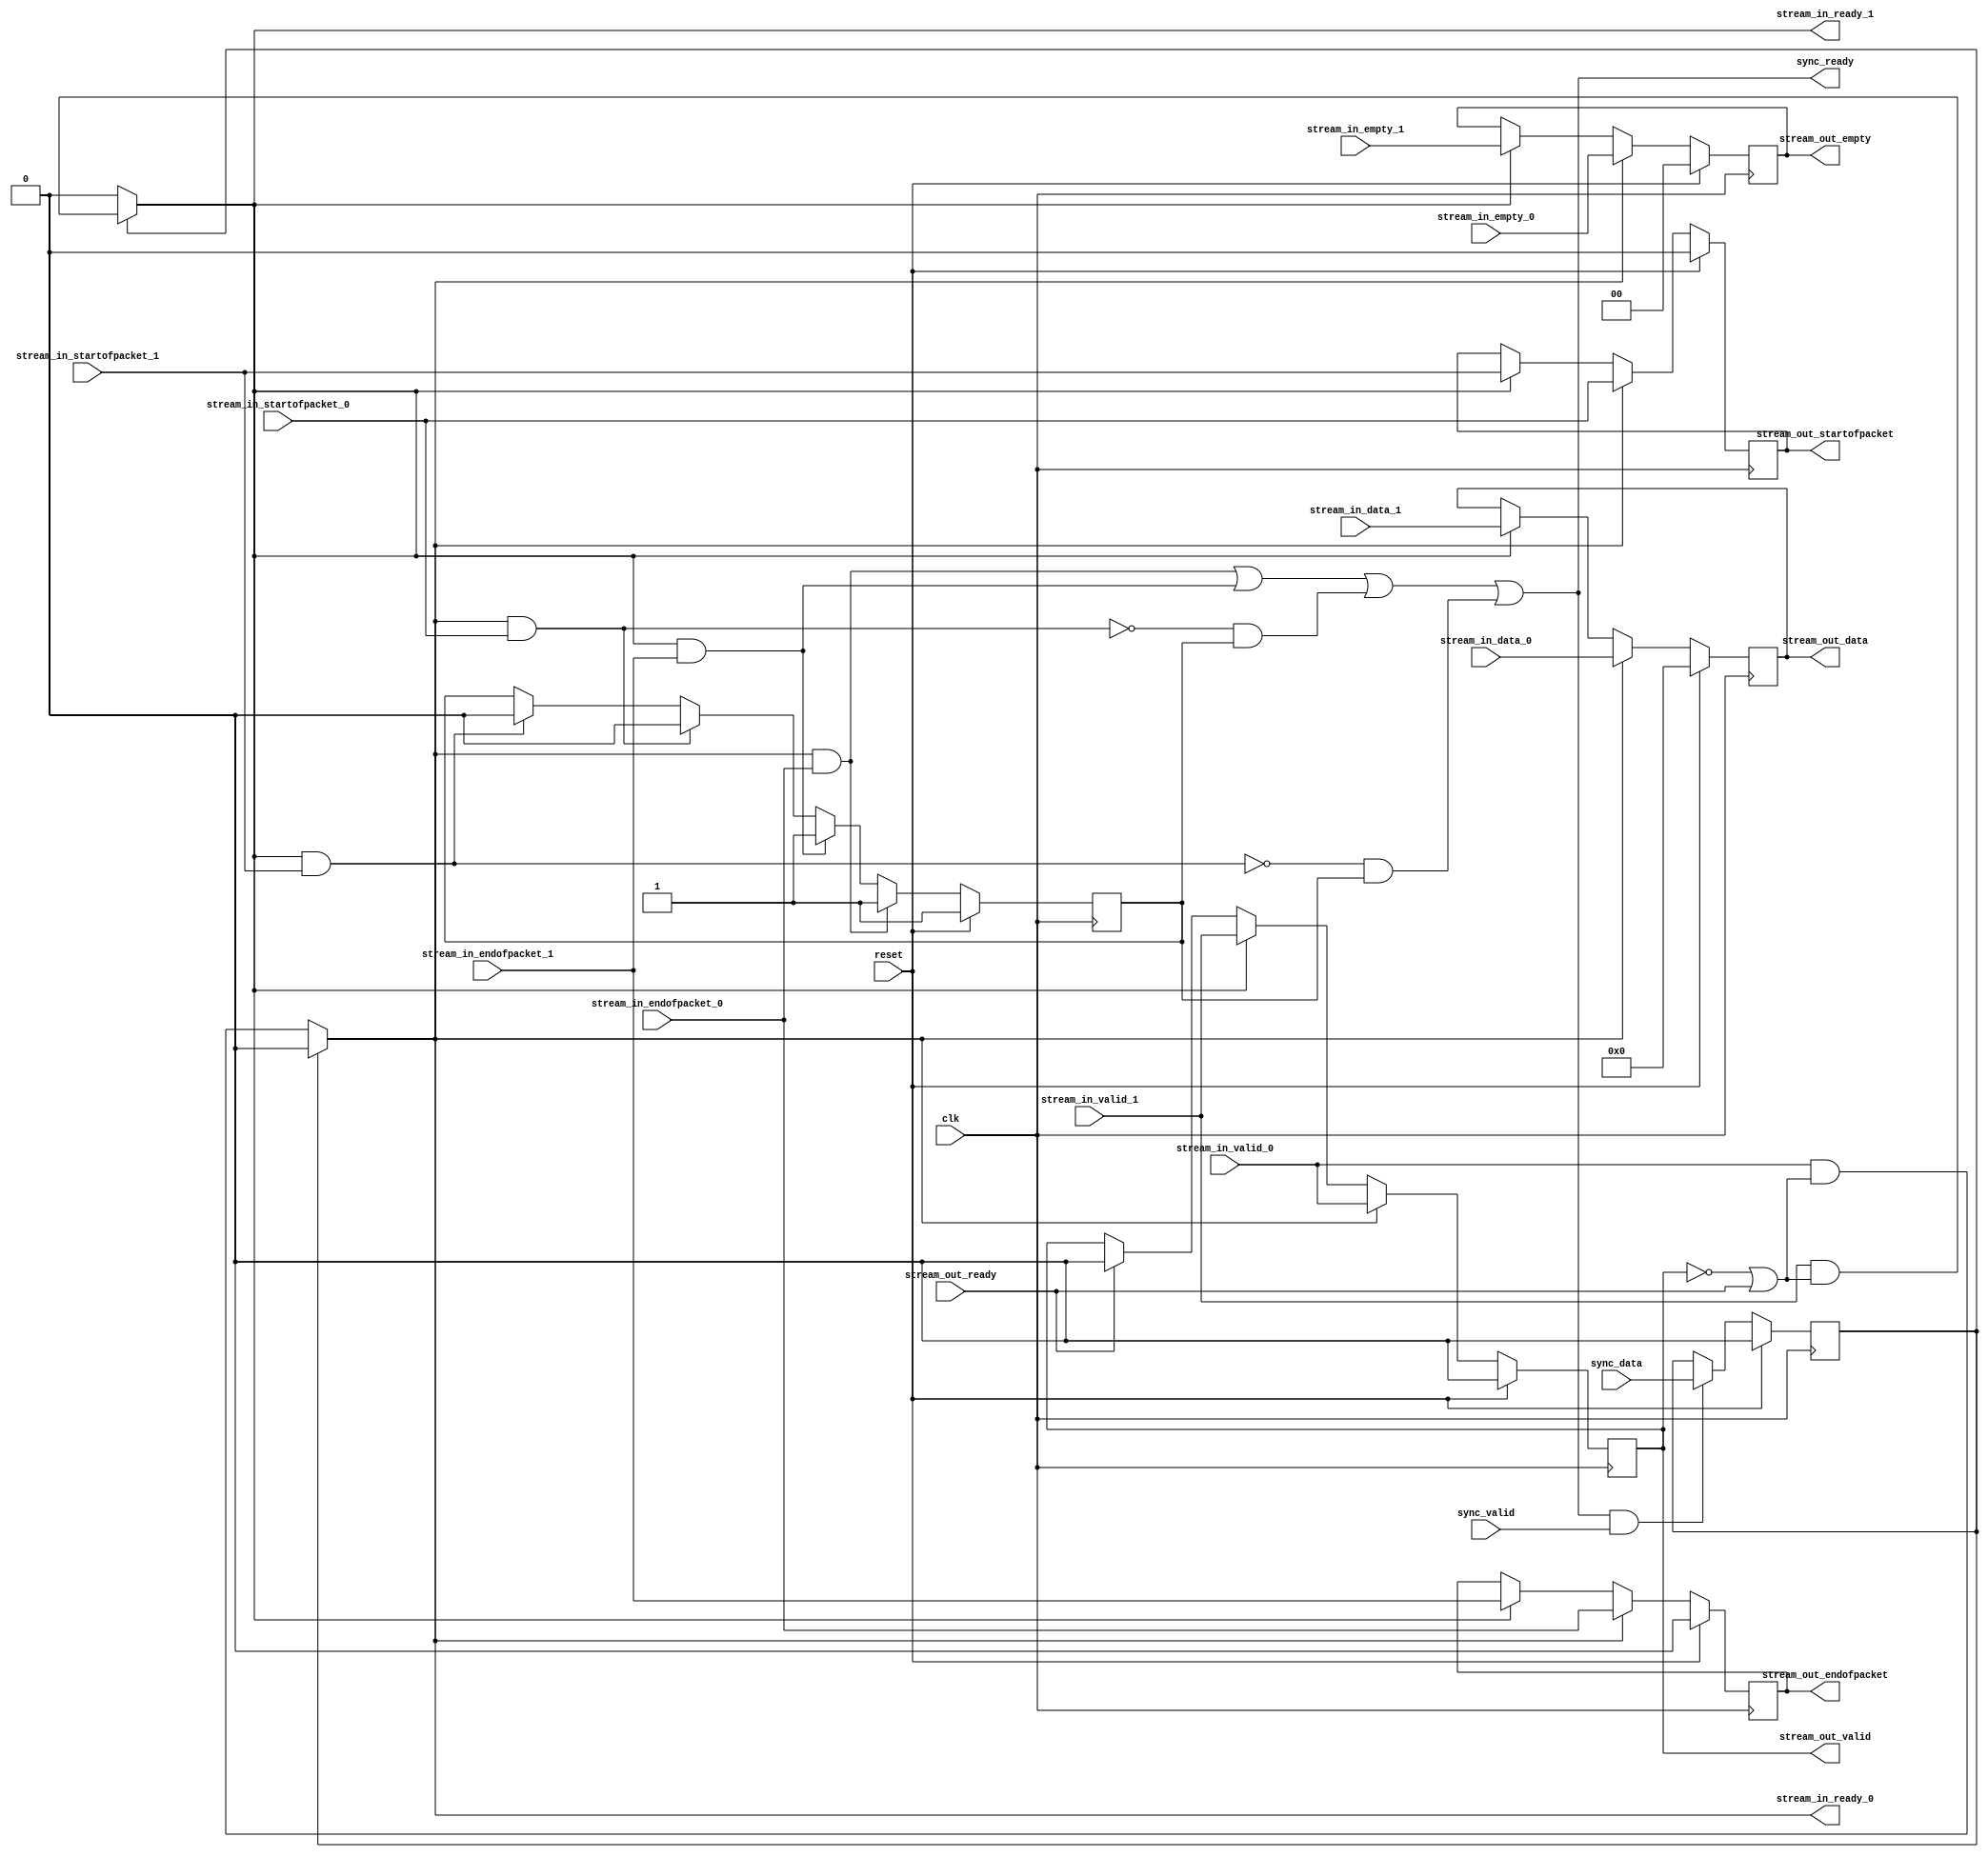
module Computer_System_Video_In_Subsystem_Edge_Detection_Subsystem_Video_Stream_Merger (
	clk,
	reset,
	sync_data,
	sync_valid,
	stream_in_data_0,
	stream_in_startofpacket_0,
	stream_in_endofpacket_0,
	stream_in_empty_0,
	stream_in_valid_0,
	stream_in_data_1,
	stream_in_startofpacket_1,
	stream_in_endofpacket_1,
	stream_in_empty_1,
	stream_in_valid_1,
	stream_out_ready,
	sync_ready,
	stream_in_ready_0,
	stream_in_ready_1,
	stream_out_data,
	stream_out_startofpacket,
	stream_out_endofpacket,
	stream_out_empty,
	stream_out_valid
);
parameter DW = 23; 
parameter EW = 1; 
input						clk;
input						reset;
input						sync_data;
input						sync_valid;
input			[DW: 0]	stream_in_data_0;
input						stream_in_startofpacket_0;
input						stream_in_endofpacket_0;
input			[EW: 0]	stream_in_empty_0;
input						stream_in_valid_0;
input			[DW: 0]	stream_in_data_1;
input						stream_in_startofpacket_1;
input						stream_in_endofpacket_1;
input			[EW: 0]	stream_in_empty_1;
input						stream_in_valid_1;
input						stream_out_ready;
output					sync_ready;
output					stream_in_ready_0;
output					stream_in_ready_1;
output reg	[DW: 0]	stream_out_data;
output reg				stream_out_startofpacket;
output reg				stream_out_endofpacket;
output reg	[EW: 0]	stream_out_empty;
output reg				stream_out_valid;
wire						enable_setting_stream_select;
reg						between_frames;
reg						stream_select_reg;
always @(posedge clk)
begin
	if (reset)
	begin
		stream_out_data				<=  'h0;
		stream_out_startofpacket	<= 1'b0;
		stream_out_endofpacket		<= 1'b0;
		stream_out_empty				<=  'h0;
		stream_out_valid				<= 1'b0;
	end
	else if (stream_in_ready_0)
	begin
		stream_out_data				<= stream_in_data_0;
		stream_out_startofpacket	<= stream_in_startofpacket_0;
		stream_out_endofpacket		<= stream_in_endofpacket_0;
		stream_out_empty				<= stream_in_empty_0;
		stream_out_valid				<= stream_in_valid_0;
	end
	else if (stream_in_ready_1)
	begin
		stream_out_data				<= stream_in_data_1;
		stream_out_startofpacket	<= stream_in_startofpacket_1;
		stream_out_endofpacket		<= stream_in_endofpacket_1;
		stream_out_empty				<= stream_in_empty_1;
		stream_out_valid				<= stream_in_valid_1;
	end
	else if (stream_out_ready)
		stream_out_valid				<= 1'b0;
end
always @(posedge clk)
begin
	if (reset)
		between_frames <= 1'b1;
	else if (stream_in_ready_0 & stream_in_endofpacket_0)
		between_frames <= 1'b1;
	else if (stream_in_ready_1 & stream_in_endofpacket_1)
		between_frames <= 1'b1;
	else if (stream_in_ready_0 & stream_in_startofpacket_0)
		between_frames <= 1'b0;
	else if (stream_in_ready_1 & stream_in_startofpacket_1)
		between_frames <= 1'b0;
end
always @(posedge clk)
begin
	if (reset)
		stream_select_reg <= 1'b0;
	else if (enable_setting_stream_select & sync_valid)
		stream_select_reg <= sync_data;
end
assign sync_ready				= enable_setting_stream_select;
assign stream_in_ready_0	= (stream_select_reg) ? 
		1'b0 : stream_in_valid_0 & (~stream_out_valid | stream_out_ready);
assign stream_in_ready_1	= (stream_select_reg) ? 
		stream_in_valid_1 & (~stream_out_valid | stream_out_ready) : 1'b0;
assign enable_setting_stream_select = 
		  (stream_in_ready_0 & stream_in_endofpacket_0) |
		  (stream_in_ready_1 & stream_in_endofpacket_1) |
		(~(stream_in_ready_0 & stream_in_startofpacket_0) & between_frames) |
		(~(stream_in_ready_1 & stream_in_startofpacket_1) & between_frames);
endmodule